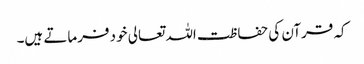
کہ قرآن کی حفاظت اللہ تعالی خود فرماتے ہیں۔